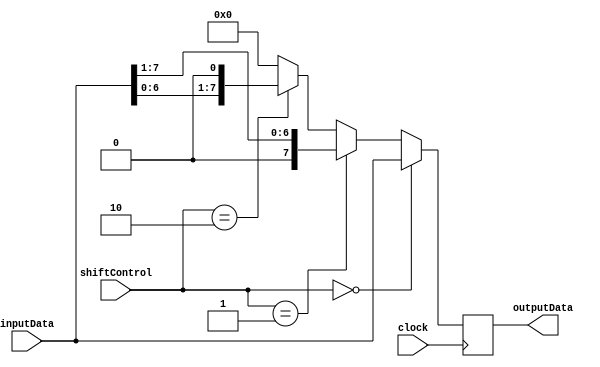
module FixedPointShiftRegister (
    input [7:0] inputData,
    input [1:0] shiftControl,
    output reg [7:0] outputData,
    input clock
);

reg [7:0] shiftResult;

always @(posedge clock) begin
    if (shiftControl == 2'b00) begin // No shift
        shiftResult <= inputData;
    end else if (shiftControl == 2'b01) begin // Shift right
        shiftResult <= inputData >> 1;
    end else if (shiftControl == 2'b10) begin // Shift left
        shiftResult <= inputData << 1;
    end else begin // Invalid shift
        shiftResult <= 8'b0;
    end
end

assign outputData = shiftResult;

endmodule